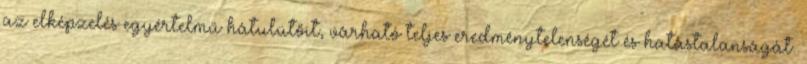
az elképzelés egyértelmű hátulütőit, várható teljes eredménytelenségét és hatástalanságát.